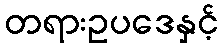
တရားဥပဒေနှင့်